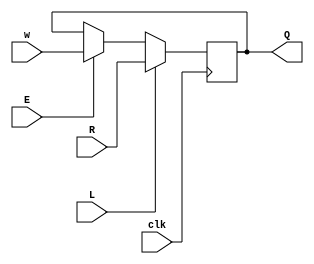
module top_module (
    input clk,
    input w, R, E, L,
    output Q
);
    // w: mux 0.1
    // Q: mux 0.0
    
    // R: mux 1.1
    // feed from mux 0: mux 1.0
    
    // L: mux 1 sel
    // E: mux 0 sel
    
    wire mux0_o, mux1_o;

    assign mux0_o = E ? w : Q;
    assign mux1_o = L ? R : mux0_o;

    always @ (posedge clk) begin
        
        Q <= mux1_o;

    end

endmodule